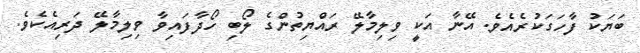
ބަޔަކު ފާހަގަކުރެއެވެ. އޭނާ އަކީ ވިލިމާލޭ ރައްޔިތުންގެ ލޯބި ހޯދާފައިވާ ވިލިމާލޭ ދަރިއެކެވެ.